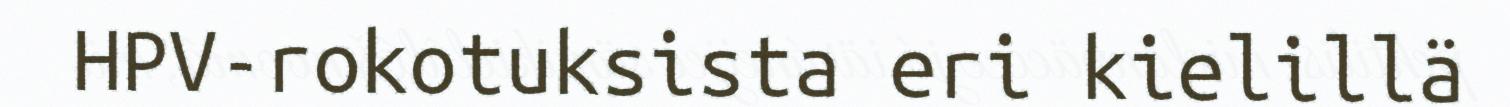
HPV-rokotuksista eri kielillä